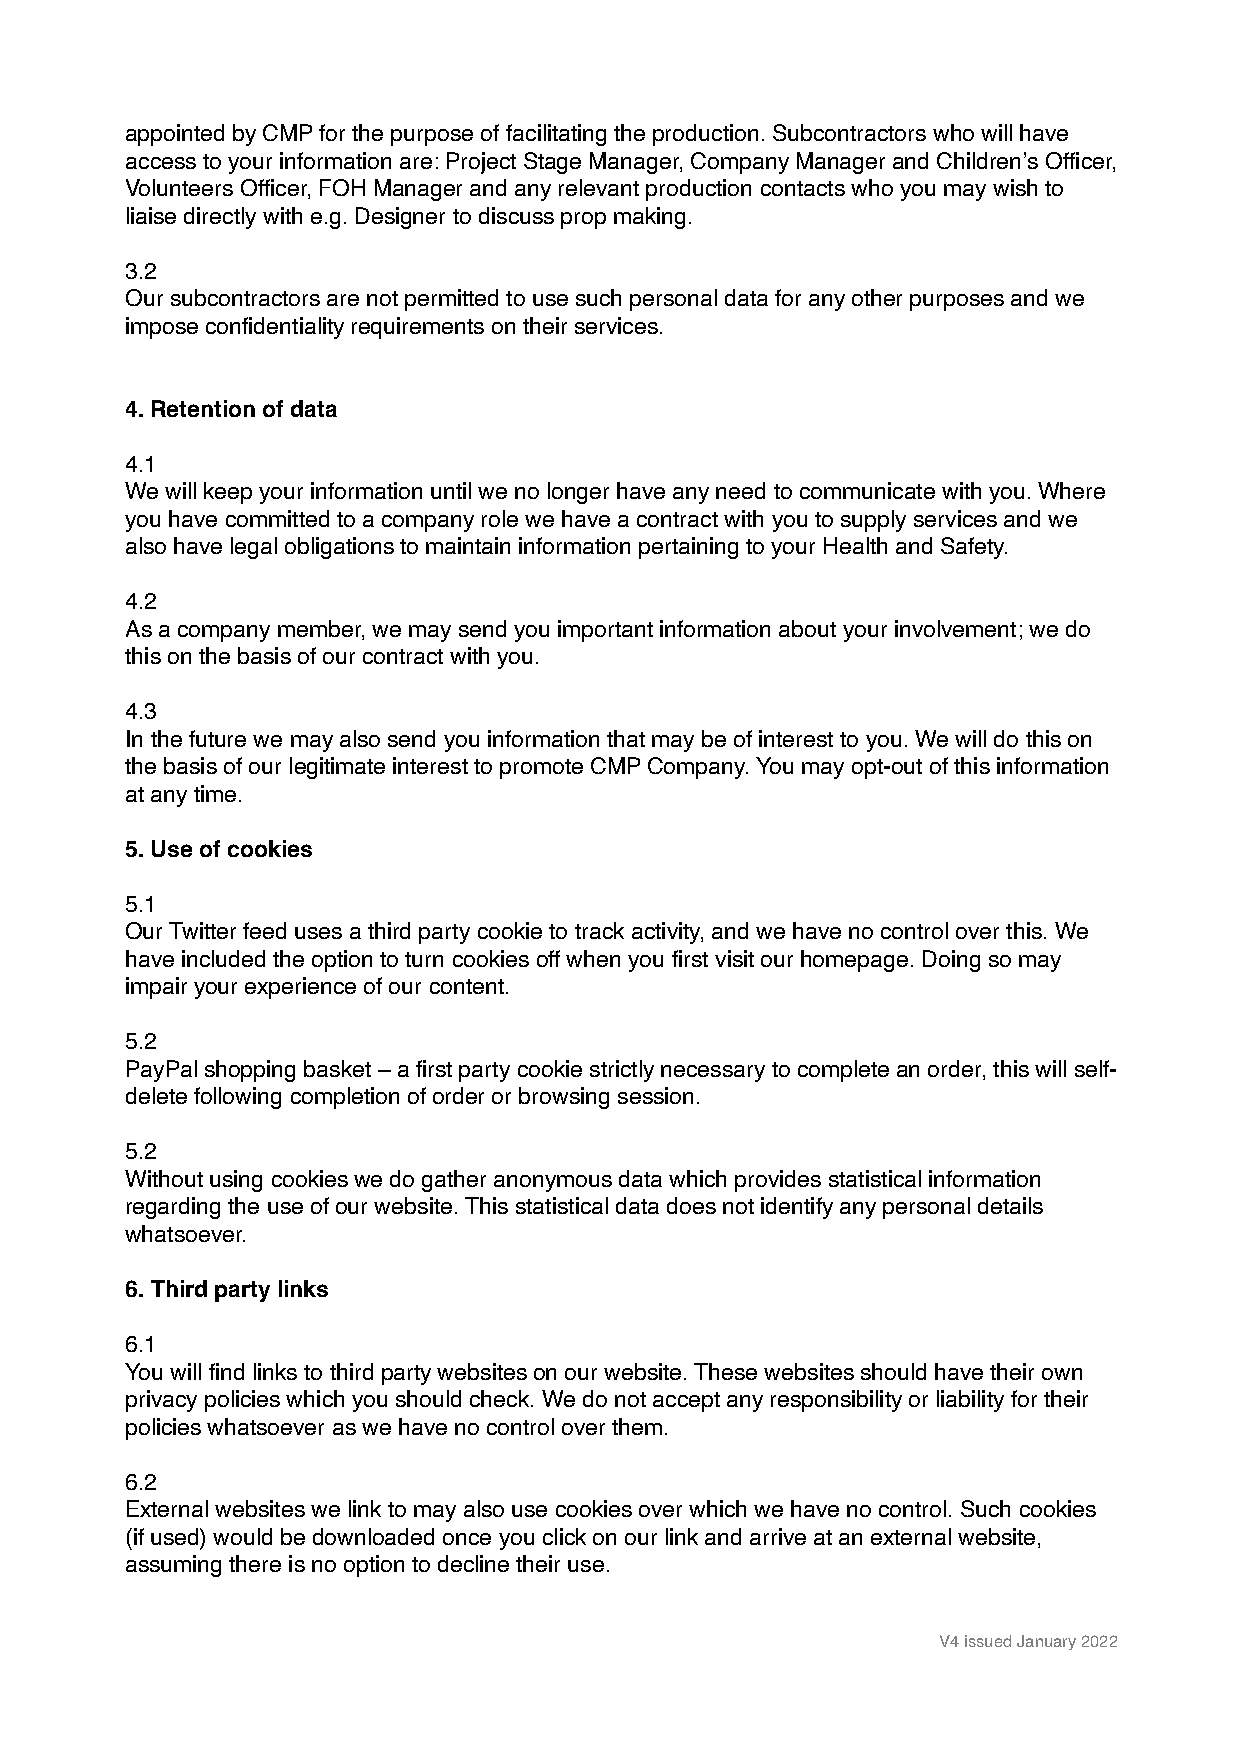
appointed by CMP for the purpose of facilitating the production. Subcontractors who will have
 access to your information are: Project Stage Manager, Company Manager and Children’s Officer,
 Volunteers Officer, FOH Manager and any relevant production contacts who you may wish to
 liaise directly with e.g. Designer to discuss prop making.
 3.2
 Our subcontractors are not permitted to use such personal data for any other purposes and we
 impose confidentiality requirements on their services.
 4. Retention of data
 4.1
 We will keep your information until we no longer have any need to communicate with you. Where
 you have committed to a company role we have a contract with you to supply services and we
 also have legal obligations to maintain information pertaining to your Health and Safety.
 4.2
 As a company member, we may send you important information about your involvement; we do
 this on the basis of our contract with you.
 4.3
 In the future we may also send you information that may be of interest to you. We will do this on
 the basis of our legitimate interest to promote CMP Company. You may opt-out of this information
 at any time.
 5. Use of cookies
 5.1
 Our Twitter feed uses a third party cookie to track activity, and we have no control over this. We
 have included the option to turn cookies off when you first visit our homepage. Doing so may
 impair your experience of our content.
 5.2
 PayPal shopping basket – a first party cookie strictly necessary to complete an order, this will self-
 delete following completion of order or browsing session.
 5.2
 Without using cookies we do gather anonymous data which provides statistical information
 regarding the use of our website. This statistical data does not identify any personal details
 whatsoever.
 6. Third party links
 6.1
 You will find links to third party websites on our website. These websites should have their own
 privacy policies which you should check. We do not accept any responsibility or liability for their
 policies whatsoever as we have no control over them.
 6.2
 External websites we link to may also use cookies over which we have no control. Such cookies
 (if used) would be downloaded once you click on our link and arrive at an external website,
 assuming there is no option to decline their use.
 V4 issued January 2022